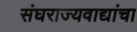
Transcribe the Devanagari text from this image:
संघराज्यवाद्यांचा